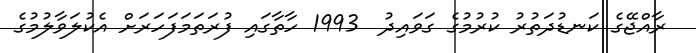
ރާއްޖޭގެ ކަނޑުދަތުރު ކުރުމުގެ ގަވައިދު  1993 ހާތާގައި ފުރަތަމަފަހަރަށް އެކުލަވާލުމުގެ